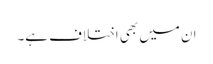
ان میں بھی اختلاف ہے۔